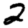
Digit: 2